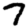
Digit: 7